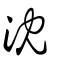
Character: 沈